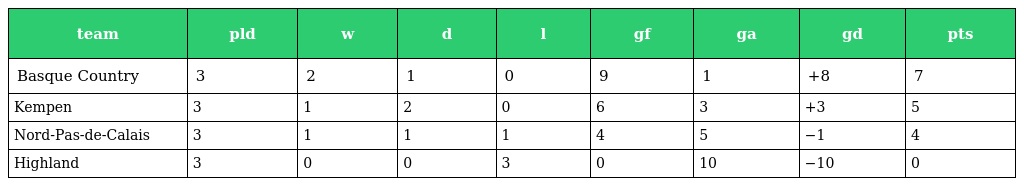
| team | pld | w | d | l | gf | ga | gd | pts |
 | --- | --- | --- | --- | --- | --- | --- | --- | --- |
 | Basque Country | 3 | 2 | 1 | 0 | 9 | 1 | +8 | 7 |
 | Kempen | 3 | 1 | 2 | 0 | 6 | 3 | +3 | 5 |
 | Nord-Pas-de-Calais | 3 | 1 | 1 | 1 | 4 | 5 | −1 | 4 |
 | Highland | 3 | 0 | 0 | 3 | 0 | 10 | −10 | 0 |